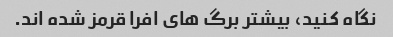
نگاه کنید، بیشتر برگ های افرا قرمز شده اند.